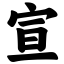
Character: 宣